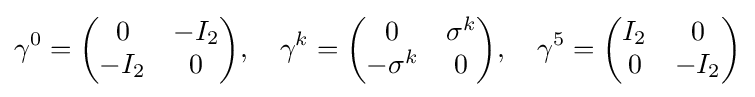
\gamma ^{0}={\begin{pmatrix}0&-I_{2}\\-I_{2}&0\end{pmatrix}},\quad \gamma ^{k}={\begin{pmatrix}0&\sigma ^{k}\\-\sigma ^{k}&0\end{pmatrix}},\quad \gamma ^{5}={\begin{pmatrix}I_{2}&0\\0&-I_{2}\end{pmatrix}}